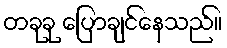
တခုခု ပြောချင်နေသည်။